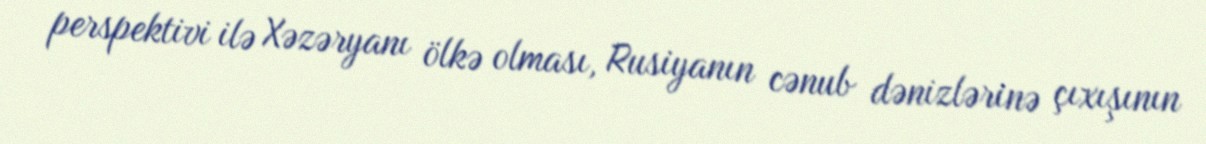
perspektivi ilə Xəzəryanı ölkə olması, Rusiyanın cənub dənizlərinə çıxışının